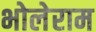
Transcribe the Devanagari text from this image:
भोलेराम